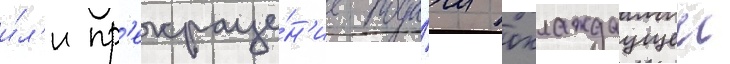
и́л'и пр'екраще́н'ие пода́чи охлаждаущеи